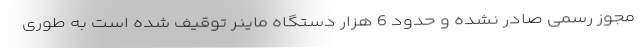
مجوز رسمی صادر نشده و حدود 6 هزار دستگاه ماینر توقیف شده است به طوری